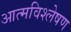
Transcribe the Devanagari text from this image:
आत्मविश्लेषण